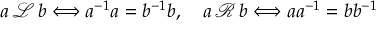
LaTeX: a \, { \mathcal { L } } \, b \Longleftrightarrow a ^ { - 1 } a = b ^ { - 1 } b , \quad a \, { \mathcal { R } } \, b \Longleftrightarrow a a ^ { - 1 } = b b ^ { - 1 }